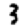
Digit: 3